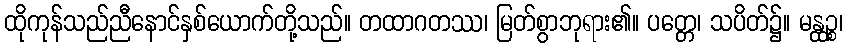
ထိုကုန်သည်ညီနောင်နှစ်ယောက်တို့သည်။ တထာဂတဿ၊ မြတ်စွာဘုရား၏။ ပတ္တေ၊ သပိတ်၌။ မန္ထဉ္စ၊